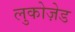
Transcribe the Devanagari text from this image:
लुकोज़ेड